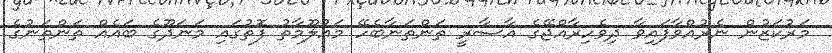
މަރުކަޒުން ނެރުއްވާފައިވާ ދިވެހިރާއްޖޭގެ އާސާރީ ތަންތަނާބެހޭ މައުލޫމާތު ފޮތުގައި މަނަދޫގެ ބައެއް ތަންތަނުގެ